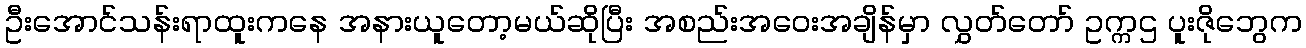
ဦးအောင်သန်းရာထူးကနေ အနားယူတော့မယ်ဆိုပြီး အစည်းအဝေးအချိန်မှာ လွှတ်တော် ဥက္ကဌ ပူးဇိုဘွေက